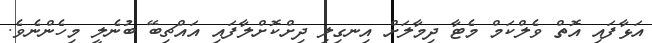
އަޅާފައި އޮތް ވެލްކަމް މެޓާ ދިމާލަށް އިނގިލި ދިށްކޮށްލާފައި އައްޗިބޭ ބުނެލީ މިހެންނެވެ.